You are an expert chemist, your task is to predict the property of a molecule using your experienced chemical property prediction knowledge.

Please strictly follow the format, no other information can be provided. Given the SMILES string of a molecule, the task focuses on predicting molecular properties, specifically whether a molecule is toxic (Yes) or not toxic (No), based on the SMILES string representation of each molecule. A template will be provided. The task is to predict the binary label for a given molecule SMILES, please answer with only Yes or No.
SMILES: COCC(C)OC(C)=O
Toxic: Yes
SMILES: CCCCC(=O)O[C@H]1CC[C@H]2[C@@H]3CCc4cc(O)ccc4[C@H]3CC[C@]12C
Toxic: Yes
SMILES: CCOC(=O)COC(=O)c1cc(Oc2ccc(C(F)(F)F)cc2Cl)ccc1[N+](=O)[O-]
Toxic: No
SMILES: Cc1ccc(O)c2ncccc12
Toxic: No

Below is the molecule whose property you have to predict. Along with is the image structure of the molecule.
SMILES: CC[Si](OC(C)=O)(OC(C)=O)OC(C)=O
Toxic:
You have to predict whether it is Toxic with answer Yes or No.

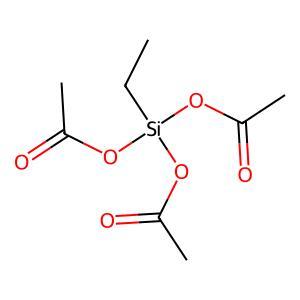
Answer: No